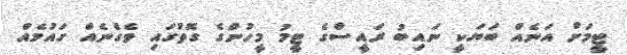
ޓީމަށް އަނެއް ބަޔަކީ ނައިބު ރައީސްގެ ޓީމު މީހުންގެ ގޮތުގައި ވެގެނެއް ގައުމެއް